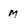
Character: m